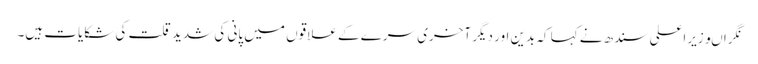
نگراںوزیراعلی سندھ نے کہا کہ بدین اور دیگر آخری سرے کے علاقوں میں پانی کی شدید قلت کی شکایات ہیں۔